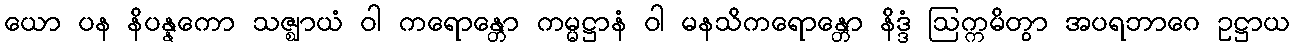
ယော ပန နိပန္နကော သဇ္ဈာယံ ဝါ ကရောန္တော ကမ္မဋ္ဌာနံ ဝါ မနသိကရောန္တော နိဒ္ဒံ ဩက္ကမိတွာ အပရဘာဂေ ဥဋ္ဌာယ